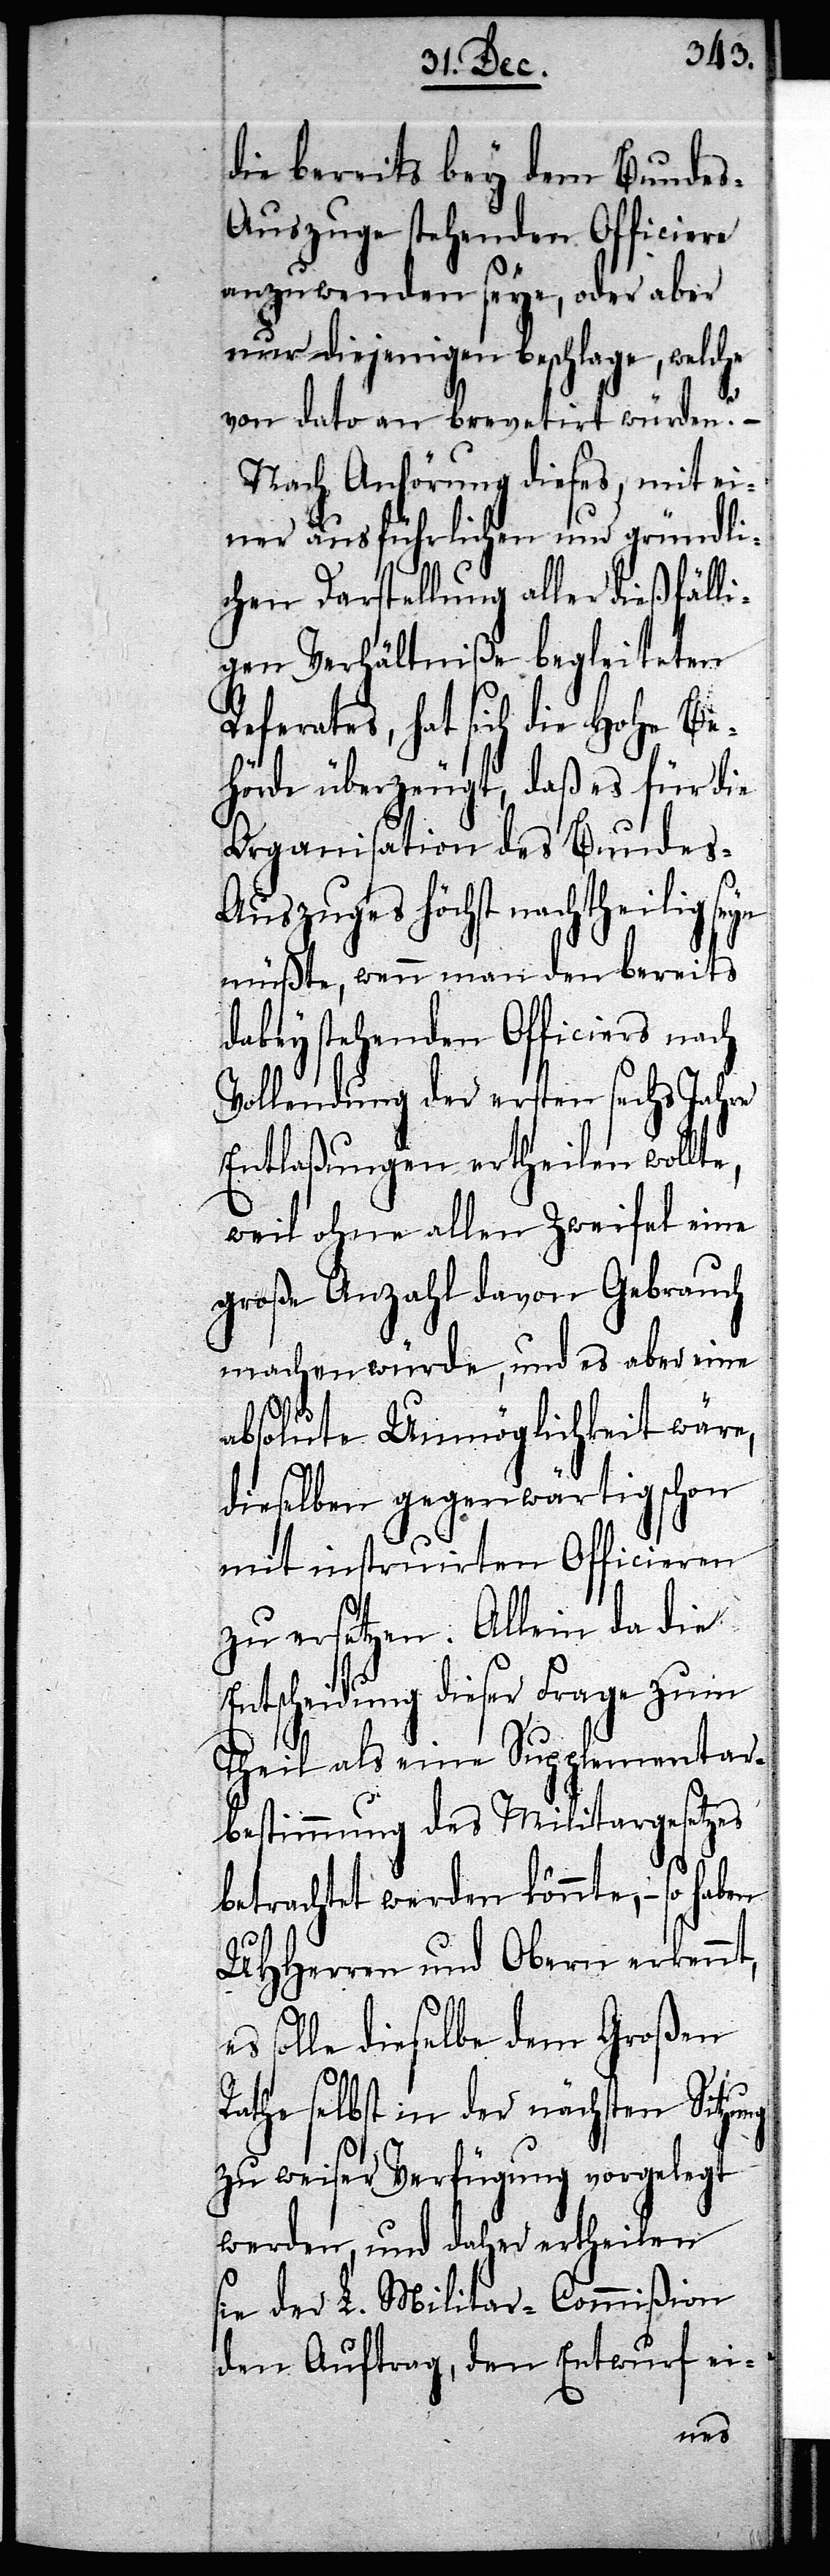
die bereits bey dem Bunde¬
s-Auszuge stehenden Officiere
anzuwenden seye, oder aber
nur diejenigen beschlage, welche
von dato an brevetirt würden? –
Nach Anhörung dieses, mit ei¬
ner ausführlichen und gründli¬
chen Darstellung aller dießfälli¬
gen Verhältniße begleiteten
ferates, hat sich die Hohe Be¬
hörde überzeugt, daß es für die
Organisation des Bundes-A¬
uszuges höchst nachtheilig seyn
müßte, wenn man den bereits
dabey stehenden Officiers nach
Vollendung der ersten sechs Jahre
Entlaßungen ertheilen wollt¬
weil ohne allen Zweifel eine
große Anzahl davon Gebrauch
machen würde, und es aber eine
absolute Unmöglichkeit wäre,
dieselben gegenwärtig schon
mit instruirten Officieren
zu ersetzen. Allein da die
Entscheidung dieser Frage zum
Theil als eine Supplementar¬
bestimmung des Militargesetzes
betrachtet werden könnte, – so
UHHerren und Obern erkennt,
solle dieselbe dem Großen
Rathe selbst in der nächsten Sitzung
zu weiser Verfügung vorgelegt
werden, und daher ertheilen
sie der L. Militar-Commißion
den Auftrag, den Entwurf ei-
e,